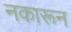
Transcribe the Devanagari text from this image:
नकारून